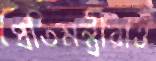
প্রতিমন্ত্রীরাও